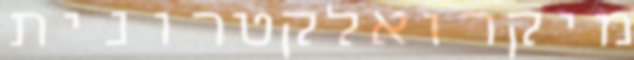
מיקרואלקטרונית